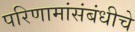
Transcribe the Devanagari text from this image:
परिणामांसंबंधीचे